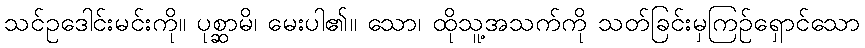
သင်ဥဒေါင်းမင်းကို။ ပုစ္ဆာမိ၊ မေးပါ၏။ သော၊ ထိုသူ့အသက်ကို သတ်ခြင်းမှကြဉ်ရှောင်သော